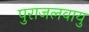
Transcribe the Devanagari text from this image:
पुराजलवायु